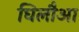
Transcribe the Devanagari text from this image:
घिलौआ